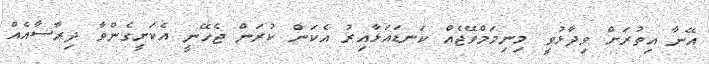
އޭނާ އިތުރަށް ވިދާޅުވީ މިނިމަމްވޭޖެއް ކަނޑައަޅާއިރު އެކަން ކުރަން ޖެހޭނީ އެކަށީގެންވާ ދިރާސާއެއް